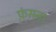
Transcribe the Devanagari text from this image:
फ़ंसना